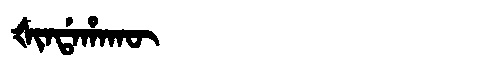
Manchu: ᡧᡳᠨᡩᠠᡥᠠᡴᡡ
Romanization: ŠINDAHAKŪ